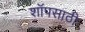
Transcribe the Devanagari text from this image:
शॉपसाठी